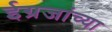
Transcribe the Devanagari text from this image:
ईग्रजांच्या